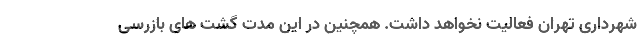
شهرداری تهران فعالیت نخواهد داشت. همچنین‌ در این مدت گشت های بازرسی